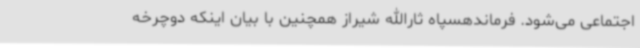
اجتماعی می‌شود. فرماندهسپاه ثارالله شیراز همچنین با بیان اینکه دوچرخه